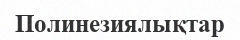
Полинезиялықтар